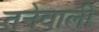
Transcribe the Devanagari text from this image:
तनेवाली